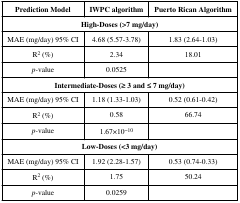
| Prediction Model | IWPC algorithm | Puerto Rican Algorithm |
 | --- | --- | --- |
 | <COLSPAN=3> High-Doses (>7 mg/day) |
 | MAE (mg/day) 95% CI | 4.68 (5.57-3.78) | 1.83 (2.64-1.03) |
 | R2 (%) | 2.34 | 18.01 |
 | p-value | 0.0525 |  |
 | <COLSPAN=3> Intermediate-Doses (≥ 3 and ≤ 7 mg/day) |
 | MAE (mg/day) 95% CI | 1.18 (1.33-1.03) | 0.52 (0.61-0.42) |
 | R2 (%) | 0.58 | 66.74 |
 | p-value | 1.67×10−10 |  |
 | <COLSPAN=3> Low-Doses (<3 mg/day) |
 | MAE (mg/day) 95% CI | 1.92 (2.28-1.57) | 0.53 (0.74-0.33) |
 | R2 (%) | 1.75 | 50.24 |
 | p-value | 0.0259 |  |